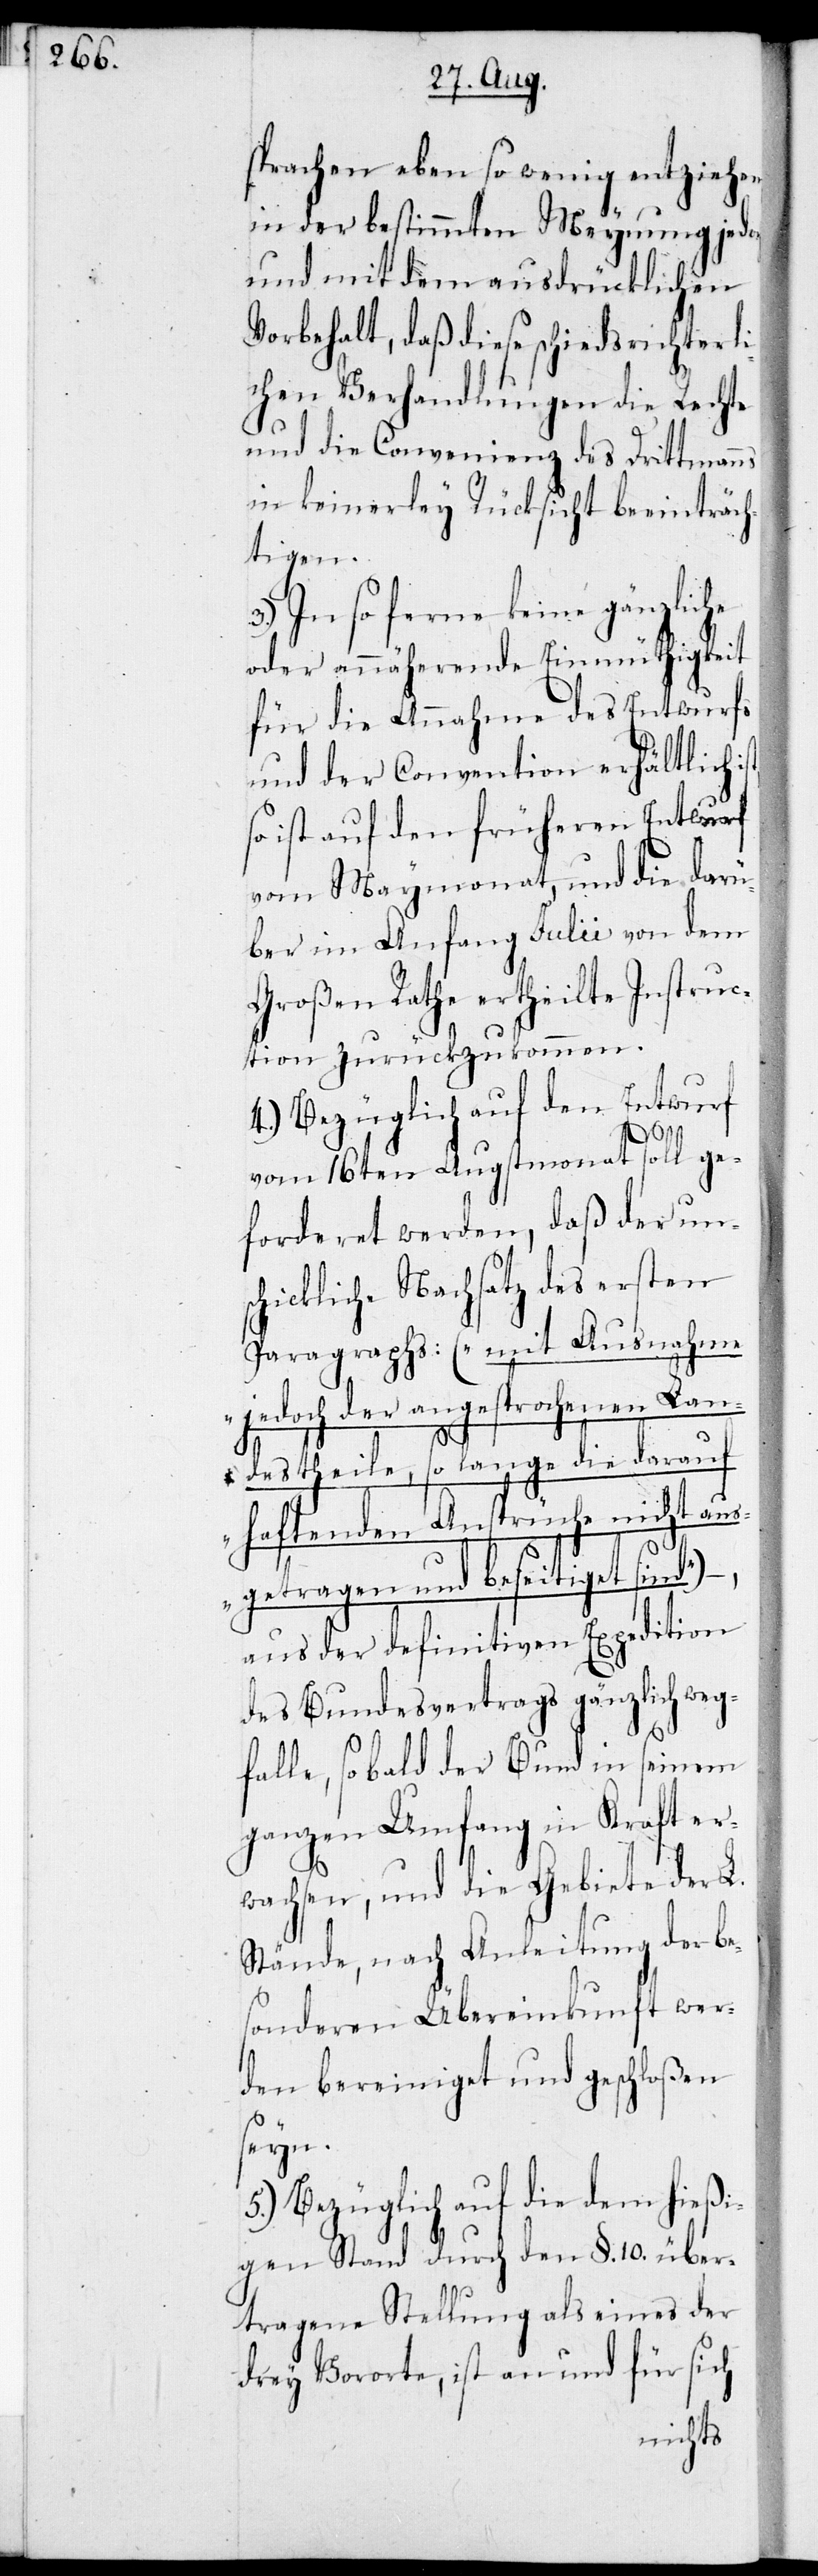
sprachen ebenso wenig entziehen,
in der bestimmten Meynung jedo¬
und mit dem ausdrücklichen
Vorbehalt, daß diese schiedsrichterli¬
chen Verhandlungen die Rechte
und Convenienz des Drittmanns
in keinerley Rücksicht beeinträch¬
tigen.
3.) In so ferne keine gänzliche
oder annäherende Einmüthigkeit
für die Annahme des Entwurfs
und der Convention erhältlich
so ist auf den früheren Entwurf
vom Maymonat, und die darü¬
ber im Anfang Julii von dem
Großen Rathe ertheilten Instruc¬
tionen zurückzukommen.
4.) Bezüglich auf den Entwurf
vom 16ten Augstmonat soll ge¬
forderet werden, daß der un¬
schickliche Nachsatz des ersten
Paragraphs: („mit Ausnahme
jedoch der angesprochenen Lan¬
ch,
destheile, so lange die darauf
haftenden Ansprüche nicht aus¬
getragen und beseitiget sind“)
aus der definitiven Expedition
des Bundesvertrags gänzlich weg¬
falle, sobald der Bund in seinem
ganzen Umfang in Kraft er¬
wachsen, und die Gebiete der L.
Stände, nach Anleitung der be¬
sonderen Übereinkunft wer¬
den bereiniget und geschloßen
seyn.
5.) Bezüglich auf die dem hießi¬
gen Stand durch den §. 10. über¬
tragene Stellung als eines der
drey Vororte, ist an und für sich